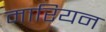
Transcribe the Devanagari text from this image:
मारियन